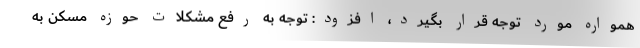
همواره مورد توجه قرار بگیرد، افزود: توجه به رفع مشکلات حوزه مسکن به